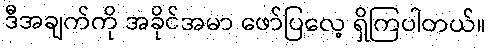
ဒီအချက်ကို အခိုင်အမာ ဖော်ပြလေ့ ရှိကြပါတယ်။